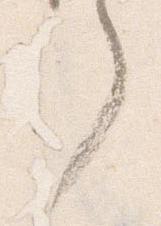
了